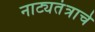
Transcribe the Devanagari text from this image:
नाट्यतंत्राचे